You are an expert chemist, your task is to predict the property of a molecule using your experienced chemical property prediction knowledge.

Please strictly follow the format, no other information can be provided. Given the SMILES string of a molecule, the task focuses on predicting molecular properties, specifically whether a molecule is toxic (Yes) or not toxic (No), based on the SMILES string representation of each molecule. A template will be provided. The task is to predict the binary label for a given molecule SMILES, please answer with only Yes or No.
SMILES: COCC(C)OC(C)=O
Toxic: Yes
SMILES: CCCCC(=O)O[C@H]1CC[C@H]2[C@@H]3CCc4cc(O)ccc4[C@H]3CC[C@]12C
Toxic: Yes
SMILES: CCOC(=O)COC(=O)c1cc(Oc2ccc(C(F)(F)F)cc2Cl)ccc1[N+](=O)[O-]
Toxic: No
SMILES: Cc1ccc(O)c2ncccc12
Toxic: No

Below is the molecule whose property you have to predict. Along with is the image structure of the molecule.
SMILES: CN(C)c1ccc(N=Nc2ccccc2)cc1
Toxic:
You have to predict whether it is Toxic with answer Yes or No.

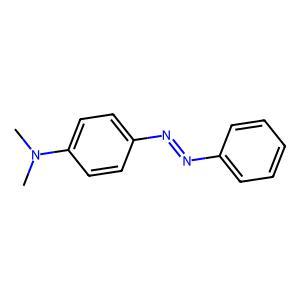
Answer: Yes